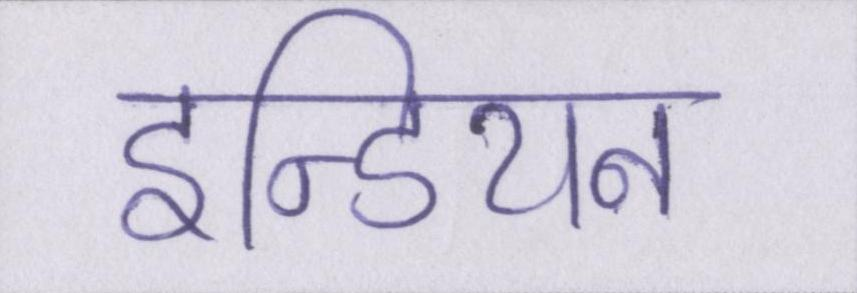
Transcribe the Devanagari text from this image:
इन्डियन